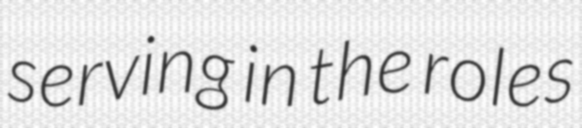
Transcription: serving in the roles